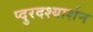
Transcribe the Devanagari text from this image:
प्दुरदश्यार्शन